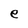
Character: e